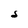
Character: S